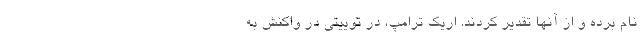
نام برده و از آنها تقدیر کردند. اریک ترامپ، در توییتی در واکنش به